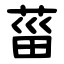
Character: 菑